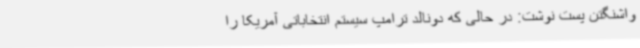
واشنگتن پست نوشت: در حالی که دونالد ترامپ سیستم انتخاباتی آمریکا را